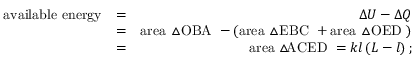
\begin{array} { r l r } { \mathrm { a v a i l a b l e ~ e n e r g y } } & { = } & { \Delta U - \Delta Q } \\ & { = } & { \mathrm { a r e a ~ \triangle { O B A } ~ } - \left( \mathrm { a r e a ~ \triangle { E B C } ~ } + \mathrm { a r e a ~ \triangle { O E D } ~ } \right) } \\ & { = } & { \mathrm { a r e a ~ \triangle \! \! \! \nabla { A C E D } ~ } = k l \left( L - l \right) ; } \end{array}